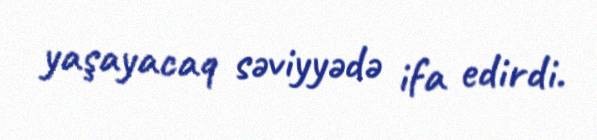
yaşayacaq səviyyədə ifa edirdi.